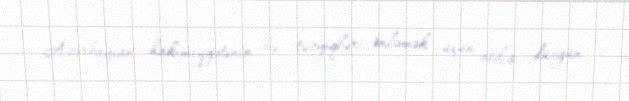
Azərbaycan hakimiyyətinin bu təzyiqləri önləmək üçün atdığı düzgün